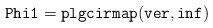
\begin{align*}{\tt Phi1 = plgcirmap(ver,inf)}\end{align*}